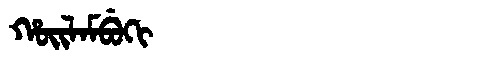
Manchu: ᡥᠣᡳᠯᠠᠮᠪᡠᡴᡳ
Romanization: HOILAMBUKI